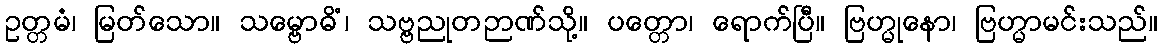
ဥတ္တမံ၊ မြတ်သော။ သမ္ဗောဓိံ၊ သဗ္ဗညုတဉာဏ်သို့။ ပတ္တော၊ ရောက်ပြီ။ ဗြဟ္မုနော၊ ဗြဟ္မာမင်းသည်။